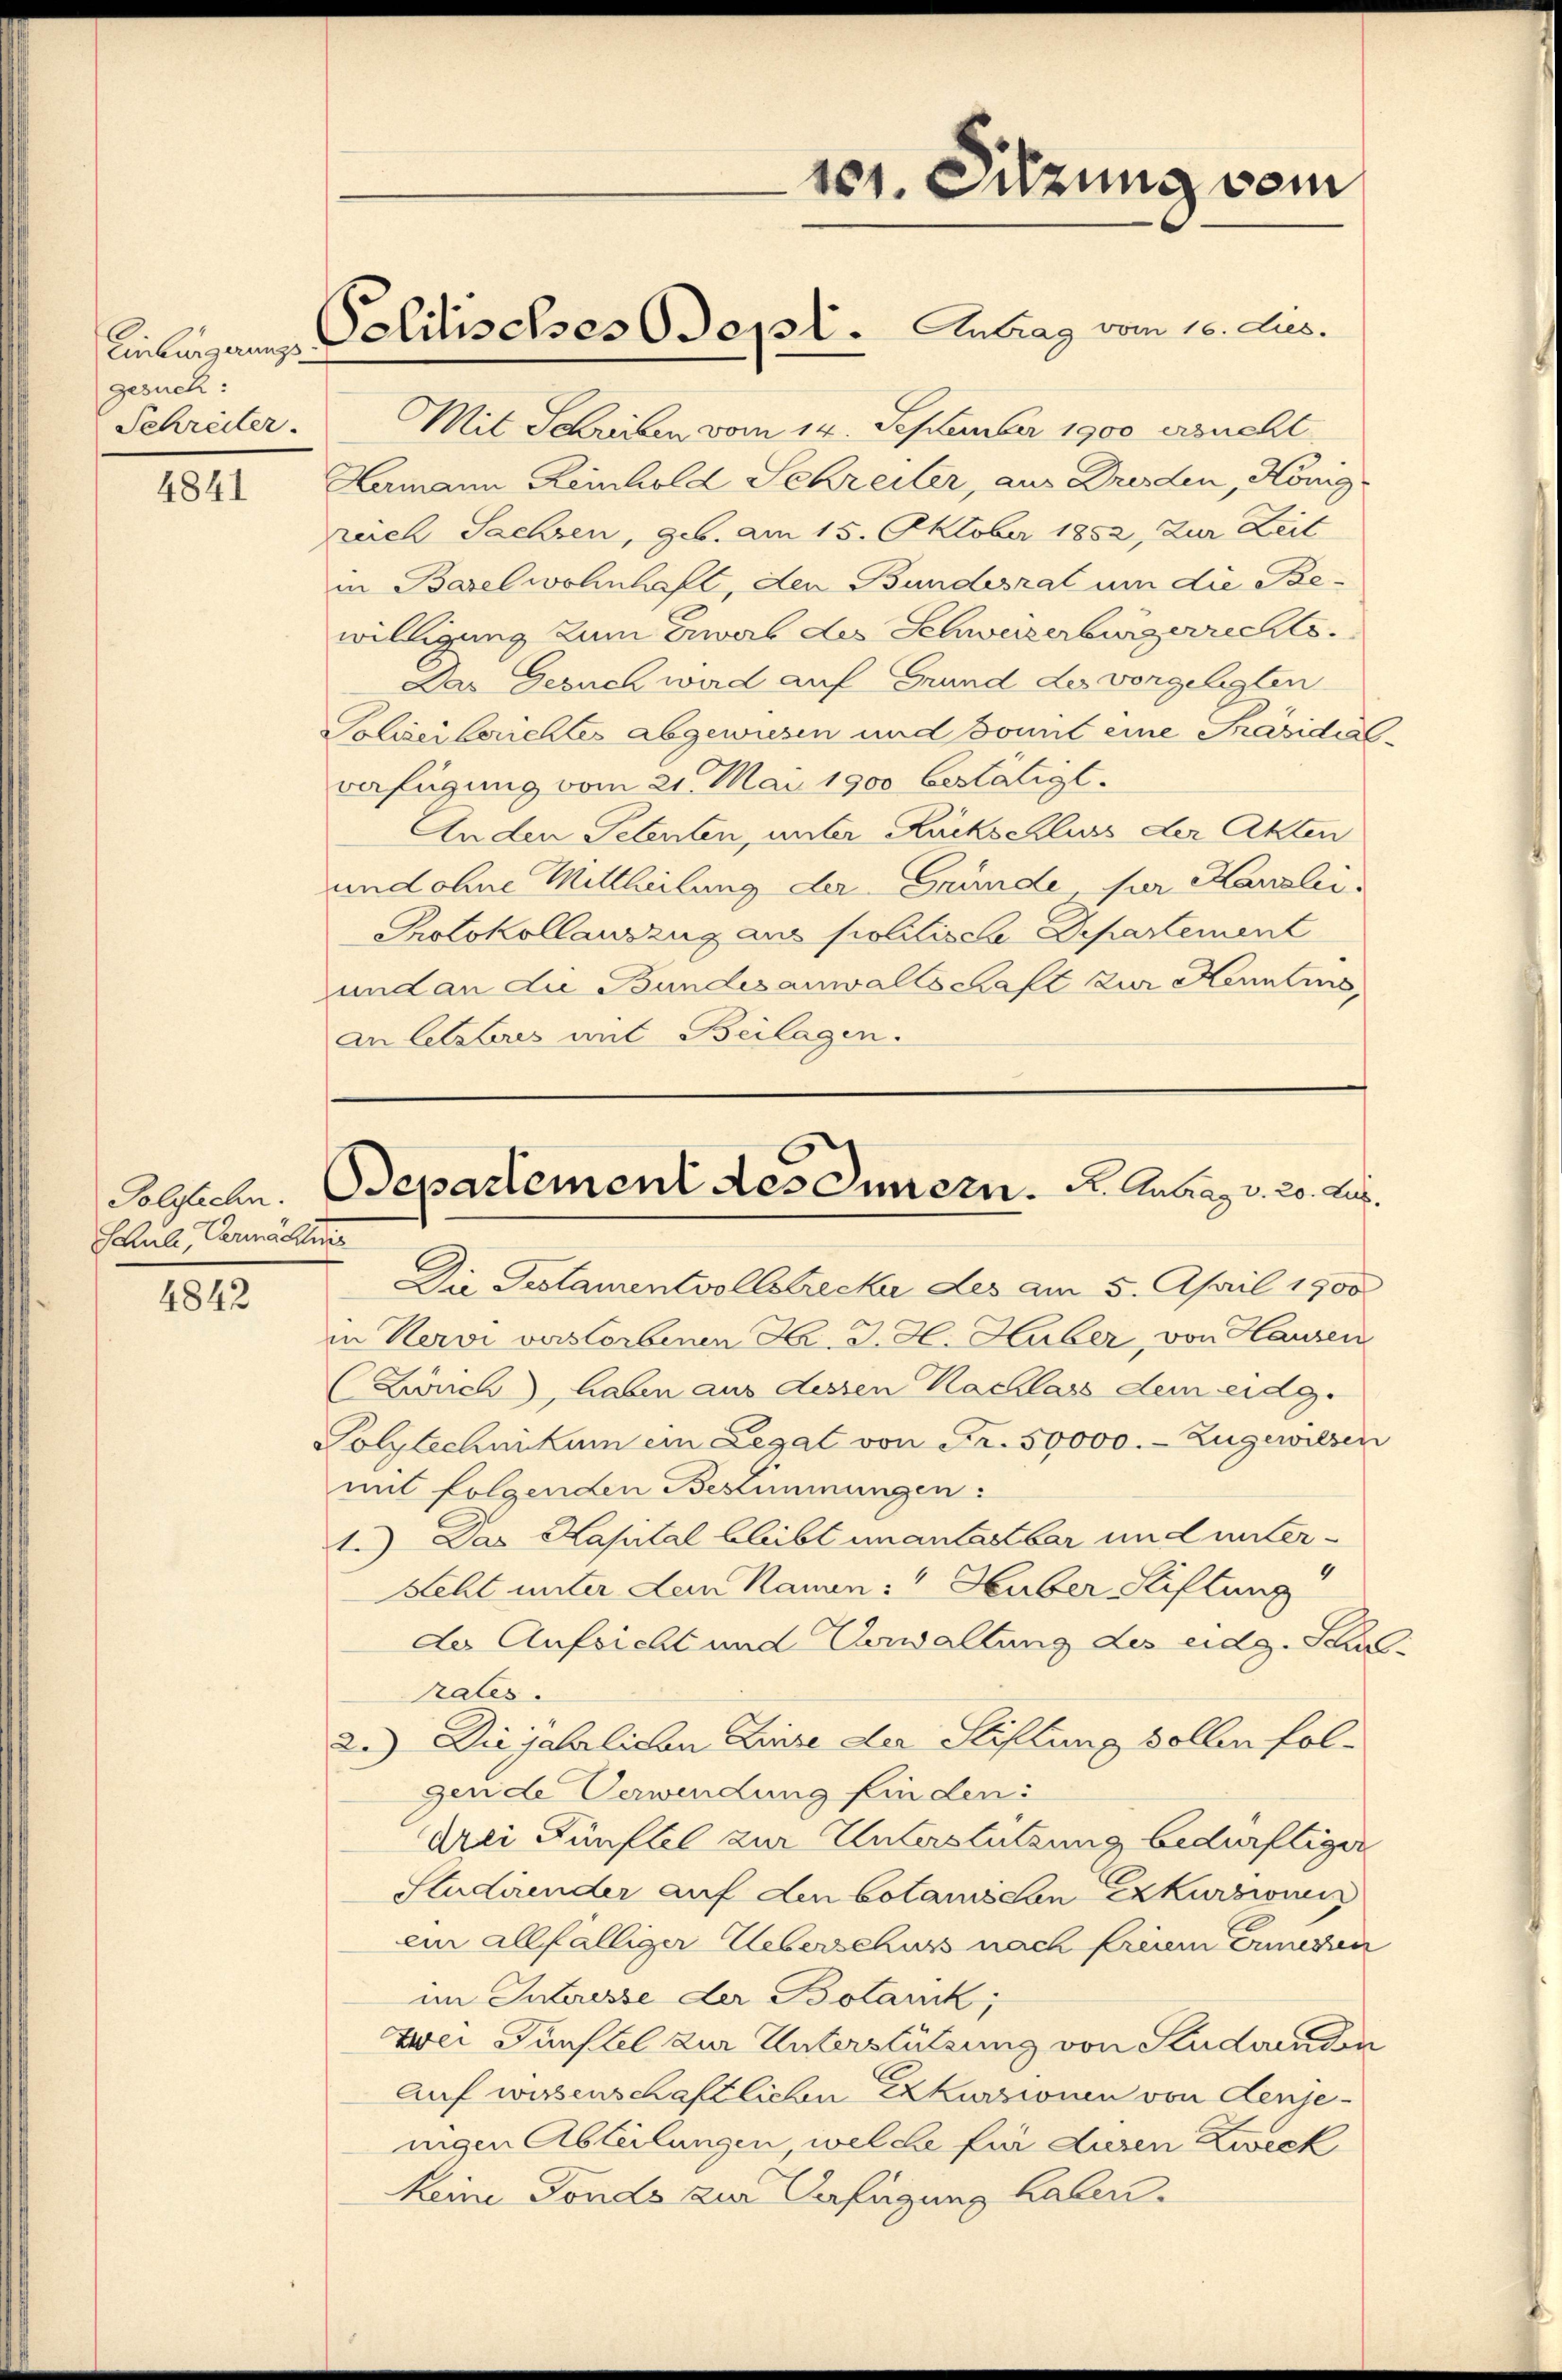
gesuch:
Schreiter.

4841

Polytechn.
Schule, Vermächtens

4842

Mit Schriben vom 14. September 1900 ersucht
Hamann Reinhold Schreiter, aus Dresden, König
rich Sachsen, geb. am 15. Oktober 1852, Zur Zeit
in Basel wohnhaft, den Bundesrat um die Bewilligung zum Erwab des Schweizerbürgerrechts.
Das Gesuch ward auf Grund des vorgelegten
Polizei berichtes abgewiesen und somit eine Präsidial¬
Bafügung vom 21. Mai 1900 bestätigt.
Anden Petenten, unter Rückschluss der Akten
und ohne Mittheilung der Gründe, für Kanalis
Protokollauszug aus politische Departement
und an die Bundesanwaltschaft zur Kenntins
an letzteres mit Beilagen.

Einbergans Politisches Dopl. Antrag vom 10. Jus.

101. Sitzung sein

Separtement des Innern. K. Antrag v. 20. Aus

Die Testamentvollstrecke des am 5. April 1900
in Nervi verstorbenen Hr. J. H. Huber, von Hausen
Zürich, haben aus dessen Nachlass dem eidg.
Polytechnikum ein Legat von Fr. 50000.- Zugewilsen
mit folgenden Bestimmungen:
1.) Das Kapital bleibt unantastbar und unter¬
Seht unter dem Kamin: " Huber Stiftung
der Aufsicht und Verwaltung des eidg. Schul
rales.
2.) Die jährlichen Zinse der Stiftung sollen folgende Verwendung finden:
drei Fünftel zur Unterstützung bedürftiger
Studirender auf den botanischen Exkursionen
ein allfälliger Ueberschuss nach einem Inneren
im Interesse der Botanik;
zwei Fünftel zur Unterstützung von Kudwunden
Auf wissenschaftlichen Exkurzionen von denjenigen Abteilungen, welche für diesen Zweck
keine Fonds zur Verfügung haben.